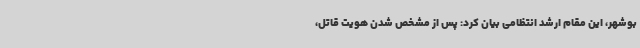
بوشهر، این مقام ارشد انتظامی بیان کرد: پس از مشخص شدن هویت قاتل،